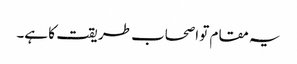
یہ مقام تو اصحاب طریقت کا ہے۔